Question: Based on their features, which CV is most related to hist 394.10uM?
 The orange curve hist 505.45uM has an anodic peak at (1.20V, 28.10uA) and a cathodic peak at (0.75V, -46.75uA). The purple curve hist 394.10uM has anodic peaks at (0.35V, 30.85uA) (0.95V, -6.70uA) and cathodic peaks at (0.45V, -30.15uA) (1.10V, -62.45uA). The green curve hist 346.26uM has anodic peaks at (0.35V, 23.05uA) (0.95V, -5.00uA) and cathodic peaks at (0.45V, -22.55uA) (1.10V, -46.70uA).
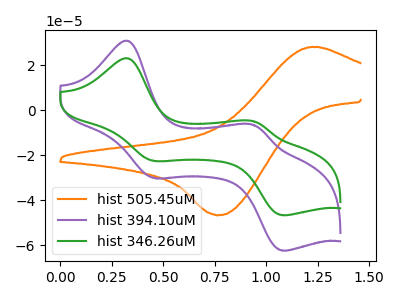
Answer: <think>"hist 505.45uM" and "hist 394.10uM" have a different number of peaks. "hist 505.45uM" and "hist 346.26uM" have a different number of peaks. All the peaks in "hist 394.10uM" have a peak in "hist 346.26uM" at the same potential.
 </think>
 <answer>The CV with the most similar shape to "hist 346.26uM" is "hist 394.10uM".</answer>
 <eval>"hist 394.10uM"</eval>